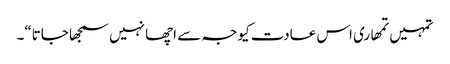
تمہیں تمھاری اس عادت کیوجہ سے اچھا نہیں سمجھا جاتا“۔